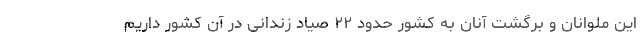
این ملوانان و برگشت آنان به کشور حدود ۲۲ صیاد زندانی در آن کشور داریم